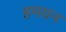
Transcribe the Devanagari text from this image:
हमयन